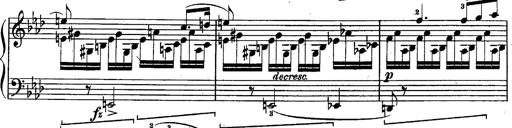
Title: Schubert's Impromptus [revised and edited by Franz Liszt]
Composer: Franz Liszt